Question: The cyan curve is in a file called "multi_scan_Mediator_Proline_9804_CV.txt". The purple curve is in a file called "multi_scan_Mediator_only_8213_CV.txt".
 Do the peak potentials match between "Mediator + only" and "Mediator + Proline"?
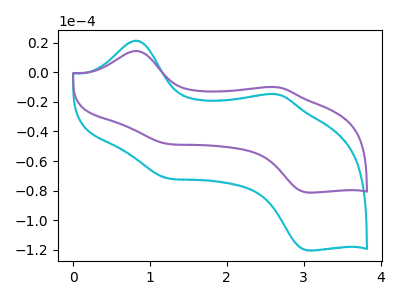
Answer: <think>The cyan curve "Mediator + Proline" has anodic peaks at (0.80V, 21.40uA) (2.65V, -14.85uA) and cathodic peaks at (1.20V, -71.60uA) (3.05V, -120.50uA). The purple curve "Mediator + only" has anodic peaks at (0.80V, 14.45uA) (2.65V, -10.05uA) and cathodic peaks at (1.20V, -48.35uA) (3.05V, -81.35uA).</think>
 <answer>Yes, "Mediator + only" have a peak in "Mediator + Proline" at the same potential.</answer>
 <eval>match</eval>